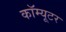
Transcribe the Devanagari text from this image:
कॉम्यूटर